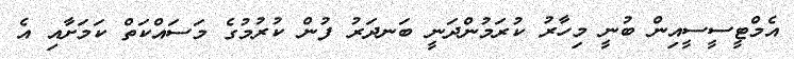
އެމްޓީސީސީއިން ބުނީ މިހާރު ކުރަމުންދަނީ ބަނދަރު ފުން ކުރުމުގެ މަސައްކަތް ކަމަށާއި އެ